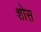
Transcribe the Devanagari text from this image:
शोस